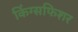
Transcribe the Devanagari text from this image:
किंग्सफिशर